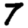
Digit: 7